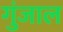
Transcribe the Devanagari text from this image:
गुंजाल